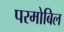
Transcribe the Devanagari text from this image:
परमोबिल